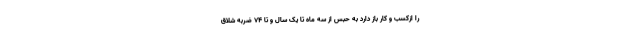
را ازکسب و کار باز دارد به حبس از سه ماه تا یک سال و تا ۷۴ ضربه شلاق